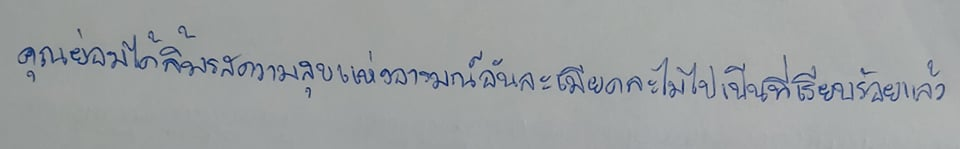
คุณย่อมได้ลิ้มรสความสุขแห่งอารมณ์อันละเมียดละไมไปเป็นที่เรียบร้อยแล้ว